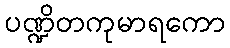
ပဏ္ဍိတကုမာရကော